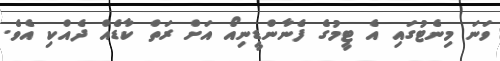
ވަނަ މިނެޓުގައި އެ ޓީމުގެ ފެނާންޑީނިއޯ އަށް ރަތް ކާޑެއް ދެއްކި އެވެ.